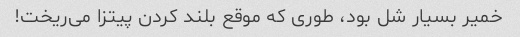
خمیر بسیار شل بود، طوری که موقع بلند کردن پیتزا می‌ریخت!